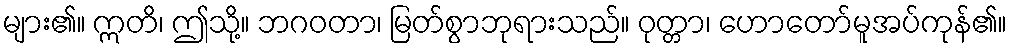
များ၏။ ဣတိ၊ ဤသို့။ ဘဂဝတာ၊ မြတ်စွာဘုရားသည်။ ဝုတ္တာ၊ ဟောတော်မူအပ်ကုန်၏။